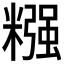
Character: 糨